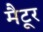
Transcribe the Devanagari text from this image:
मैटूर